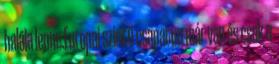
halála lenne.Europai szintű csapatun már van és csak a